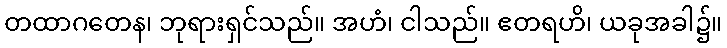
တထာဂတေန၊ ဘုရားရှင်သည်။ အဟံ၊ ငါသည်။ ဧတရဟိ၊ ယခုအခါ၌။